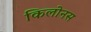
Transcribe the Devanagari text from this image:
किलोनस